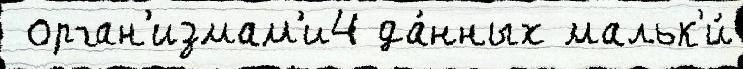
 орган'измам'и4 да́нных мальк'и́